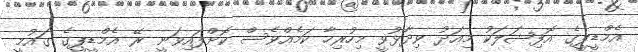
އެމްޑީޕީގެ އޮފިޝަލަކު މިއަދު ވިދާޅުވީ މިހުރިހާ ކަމެއްވެސް ކޮށްފައިވަނީ ރޭ އެމްޑީޕީގެ ގައުމީ